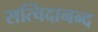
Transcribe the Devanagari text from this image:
सत्चिदानन्द